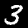
Digit: 3